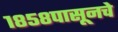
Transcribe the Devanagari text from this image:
१८५८पासूनचे